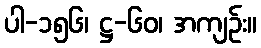
ပါ-၁၅၆၊ ဋ္ဌ-၆၀၊ အကျဉ်း။